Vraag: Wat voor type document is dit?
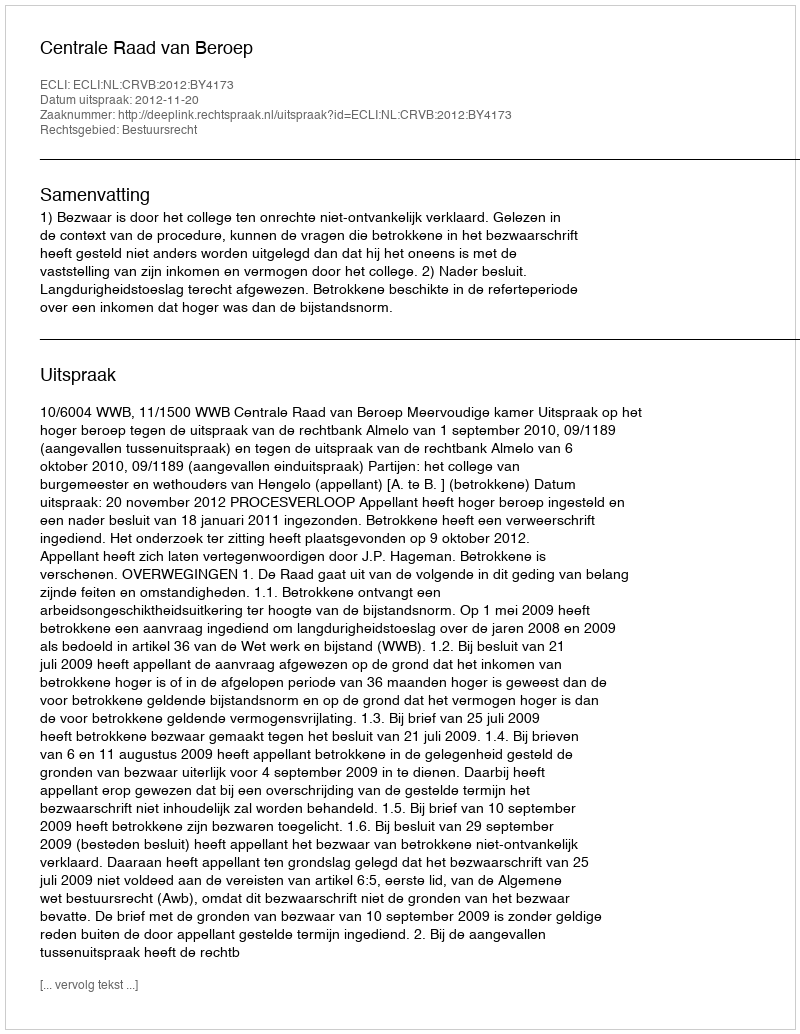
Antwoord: Uitspraak